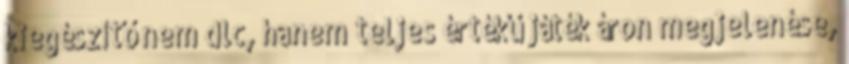
kiegészítő nem dlc, hanem teljes értékű játék áron megjelenése,